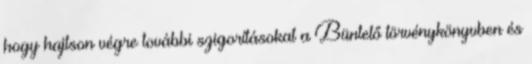
hogy hajtson végre további szigorításokat a Büntető törvénykönyvben és